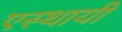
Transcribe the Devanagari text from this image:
एस्थायी